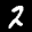
Label: 2